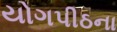
યોગપીઠના